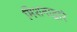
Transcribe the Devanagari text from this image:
मिशनाद्वारे